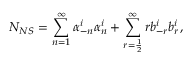
N _ { N S } = \sum _ { n = 1 } ^ { \infty } \alpha _ { - n } ^ { i } \alpha _ { n } ^ { i } + \sum _ { r = \frac { 1 } { 2 } } ^ { \infty } r b _ { - r } ^ { i } b _ { r } ^ { i } ,